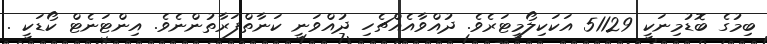
ބިމުގެ ބޮޑުމިނަކީ 51129 އަކަކިލޯމީޓަރެވެ. ދުއްވާއެއްޗެހި ދުއްވަނީ ކަނާތްފަރާތުންނެވެ. އިންޓަނެޓް ކޯޑަކީ .